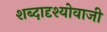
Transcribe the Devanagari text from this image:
शब्दादृश्योवाजी